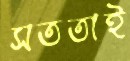
সততাই